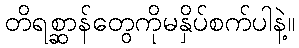
တိရစ္ဆာန်တွေကိုမနှိပ်စက်ပါနဲ့။